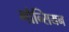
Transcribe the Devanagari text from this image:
गौन्सियन